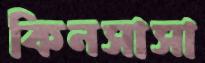
কিনসাসা